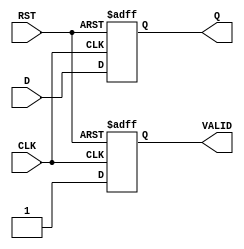
module OutputRegister #(
    parameter DATA_WIDTH = 8 // Parameter to define the data width
)(
    input  wire [DATA_WIDTH-1:0] D,    // Data input
    input  wire CLK,                    // Clock signal
    input  wire RST,                    // Asynchronous reset
    output reg  [DATA_WIDTH-1:0] Q,     // Data output
    output reg  VALID                   // Output valid signal
);

    // Always block for asynchronous reset and clock edge
    always @(posedge CLK or posedge RST) begin
        if (RST) begin
            Q <= {DATA_WIDTH{1'b0}};      // Clear output to zero on reset
            VALID <= 1'b0;                // Invalidate output
        end else begin
            Q <= D;                       // Capture data on clock edge
            VALID <= 1'b1;                // Set valid signal
        end
    end

endmodule